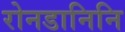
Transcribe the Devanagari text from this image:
रोनडानिनि